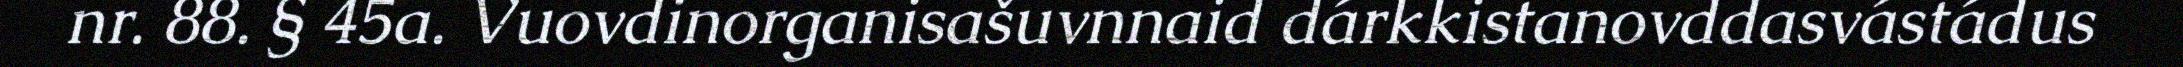
nr. 88. § 45a. Vuovdinorganisašuvnnaid dárkkistanovddasvástádus